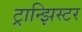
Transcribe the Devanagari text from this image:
ट्रान्झिस्टर